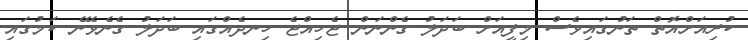
ކުރިއަށްއޮތް ތަނުގައިވެސް މިފީއަށް ބަދަލު ގެންނަން ޖެހިއްޖެ ހިނދެއްގައި ބަދަލު ގެނެވޭނެ ކަމުގައި